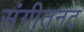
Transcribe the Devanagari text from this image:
संगीतनट